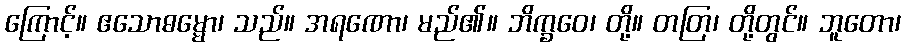
ကြောင့်။ ဧသောဓမ္မော၊ သည်။ အရဏော၊ မည်၏။ ဘိက္ခဝေ၊ တို့။ တတြ၊ တို့တွင်။ ဘူတော၊